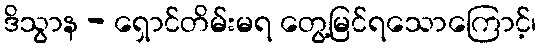
ဒိသွာန - ရှောင်တိမ်းမရ တွေ့မြင်ရသောကြောင့်၊